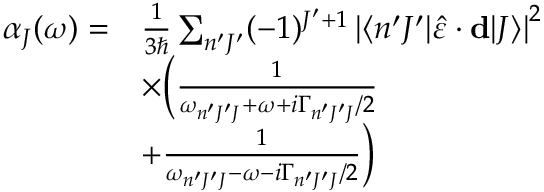
\begin{array} { r l } { \alpha _ { J } ( \omega ) = } & { \frac { 1 } { 3 \hbar } \sum _ { n ^ { \prime } J ^ { \prime } } ( - 1 ) ^ { J ^ { \prime } + 1 } \left| \langle n ^ { \prime } J ^ { \prime } | \hat { \varepsilon } \cdot \mathbf { d } | J \rangle \right| ^ { 2 } } \\ & { \times \Big ( \frac { 1 } { \omega _ { n ^ { \prime } J ^ { \prime } J } + \omega + i \Gamma _ { n ^ { \prime } J ^ { \prime } J } / 2 } } \\ & { + \frac { 1 } { \omega _ { n ^ { \prime } J ^ { \prime } J } - \omega - i \Gamma _ { n ^ { \prime } J ^ { \prime } J } / 2 } \Big ) } \end{array}